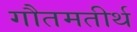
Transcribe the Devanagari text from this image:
गौतमतीर्थ